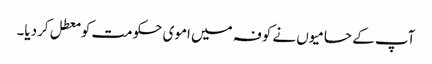
آپ کے حامیوں نے کوفہ میں اموی حکومت کو معطل کردیا۔